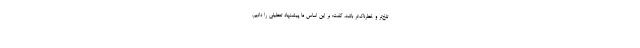
تلخ‌تر و خطرناک‌تر باشد، گفت: بر این اساس ما پیشنهاد تعطیلی را دادیم.